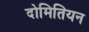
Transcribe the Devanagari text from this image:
दोमितियन